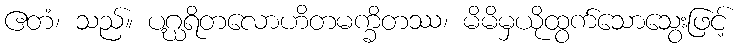
ဧတံ၊ သည်။ ပဂ္ဃရိတလောဟိတမက္ခိတဿ၊ မိမိမှယိုထွက်သောသွေးဖြင့်